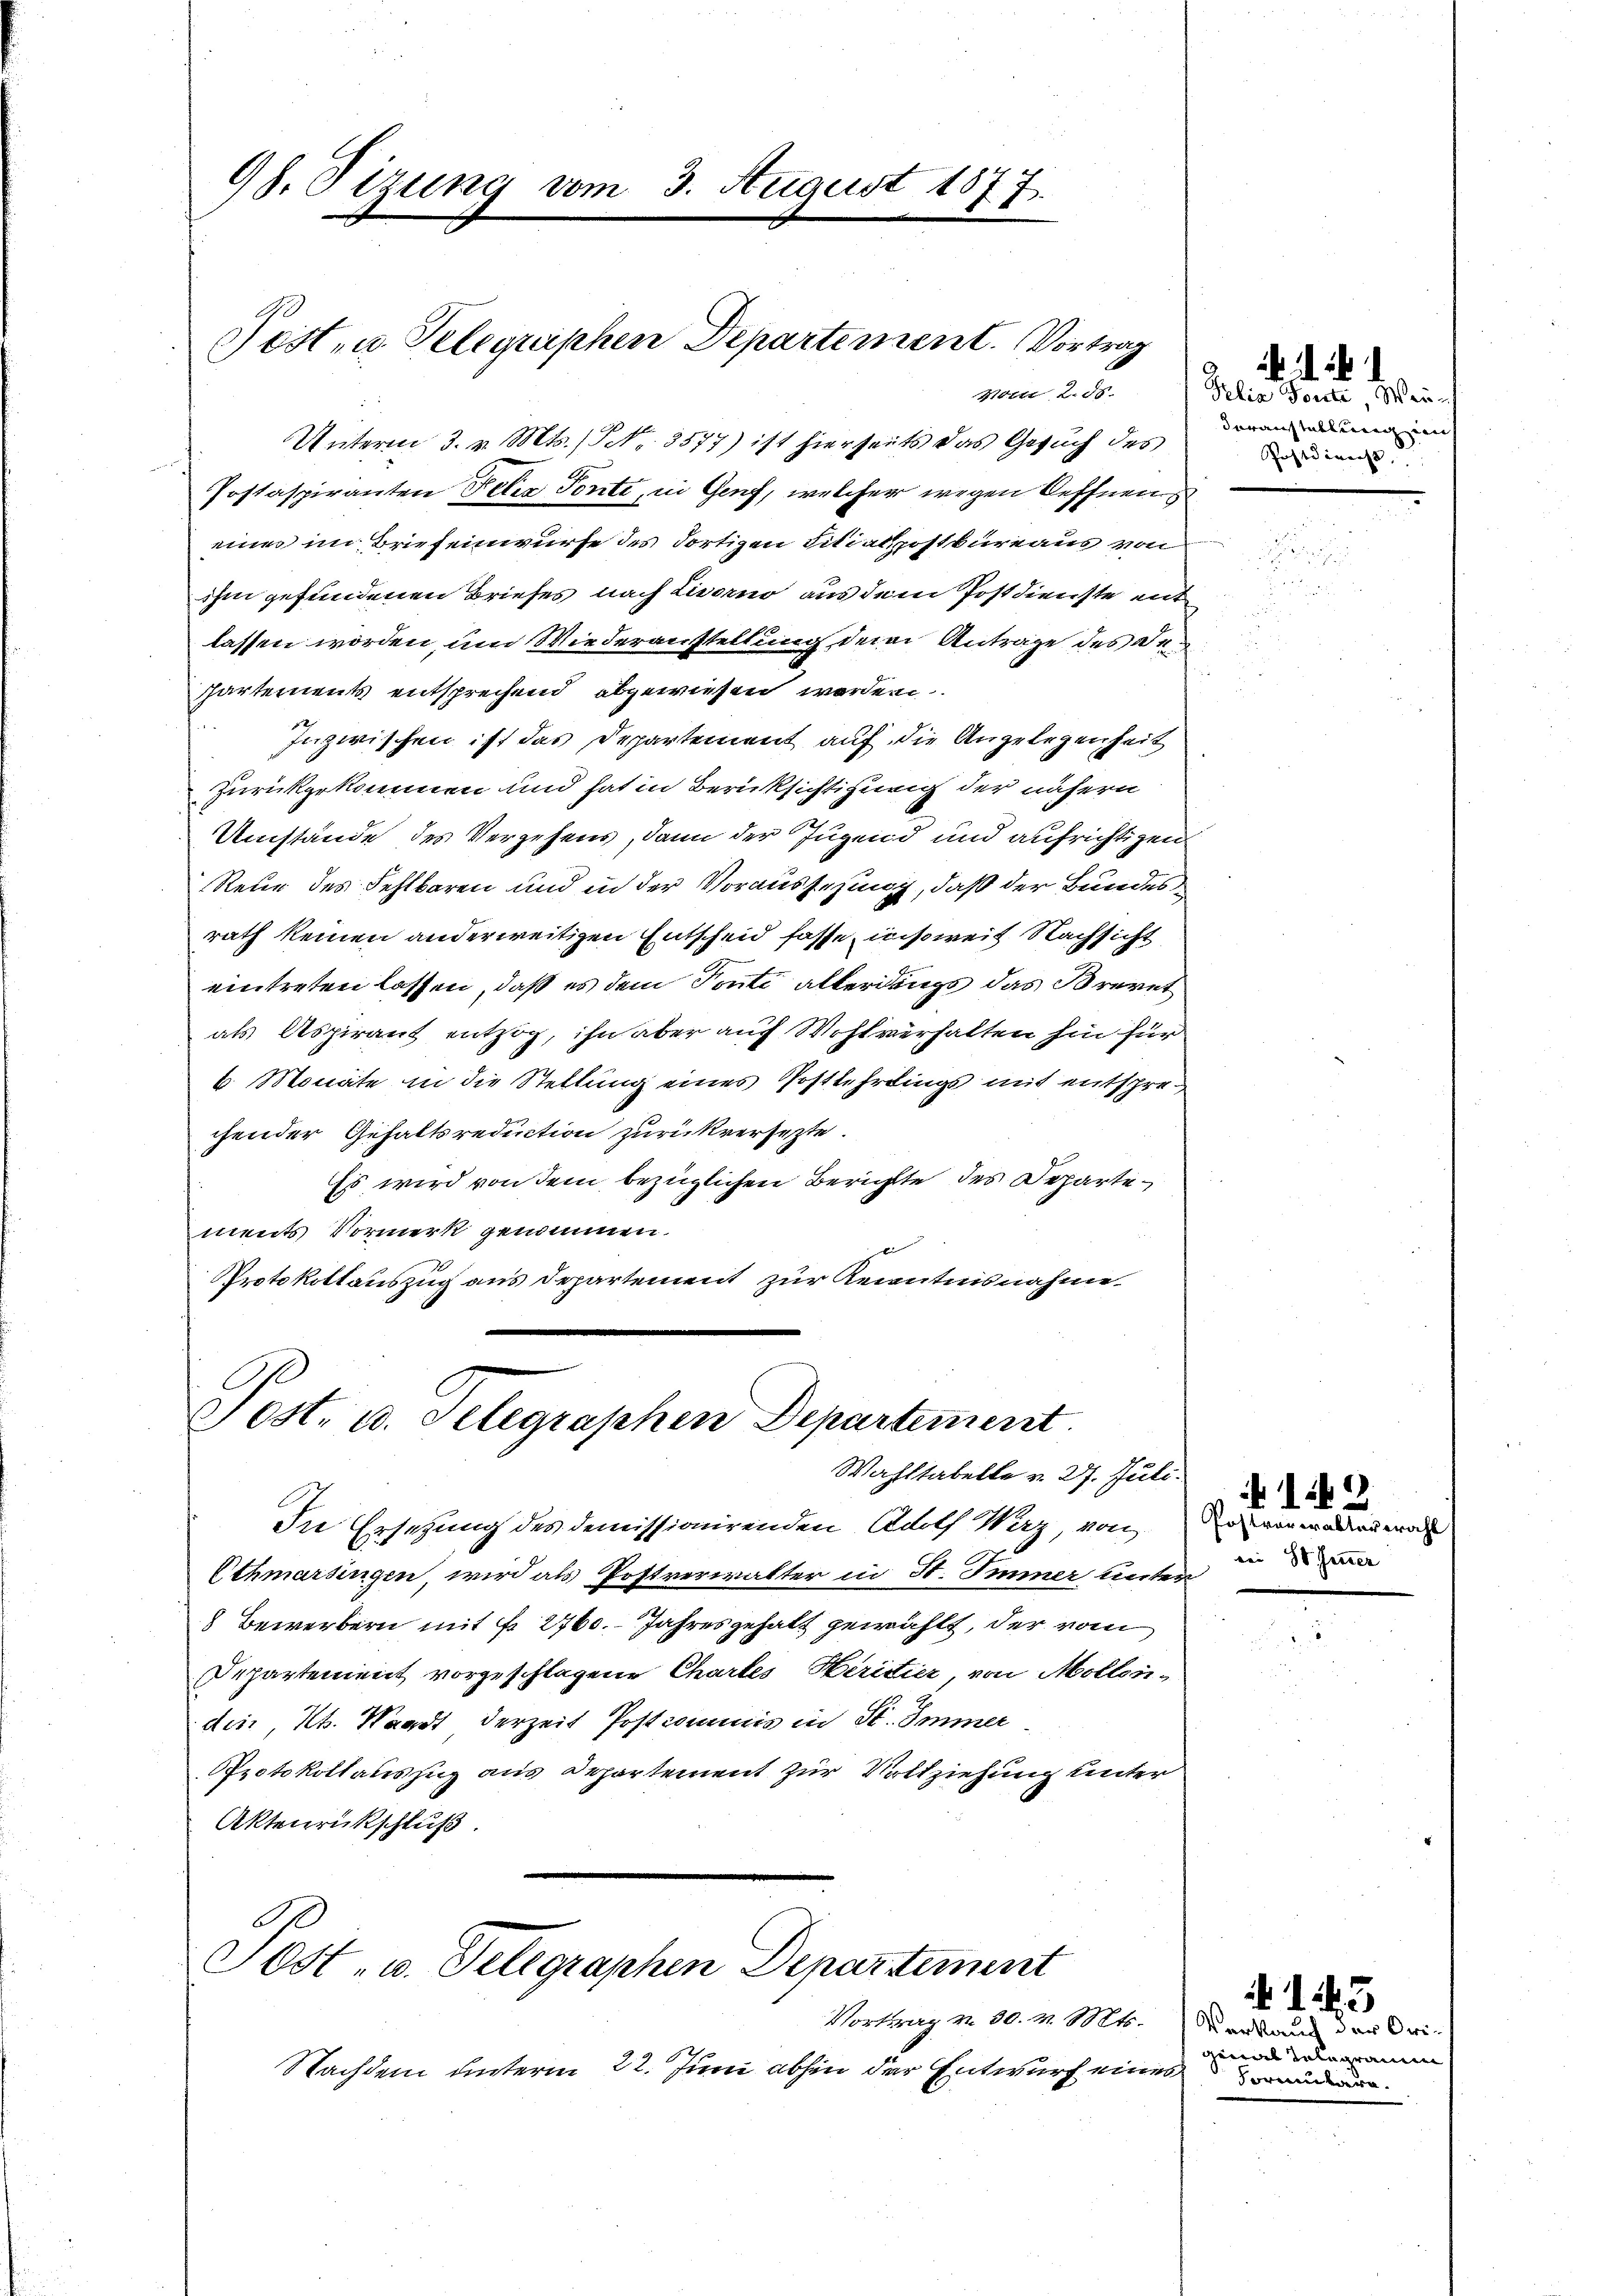
98. Sizung vom 3. August 1877.

Post- u. Telequiphen Departement. Vortrag
Notte 2. ds.

Post- u. Telegraphen Departement
Wahltabelle v. 27. Juli.

In Ersetzung des demissionirenden Adolf Waz von
Othmarsingen, wird als Postverwalter in St. Immer lieben
8 Bewerbern mit fr. 2460. Jahres gehalt gewählt, der vom
Departement vorgeschlagene Chartes Hiritier, von Mollendin, Kt. Waadt derzeit Postcommis in St. Immer
Protokollauszug aus Departement zur Vollziehung unter
Aktenrückschluß.
.
S
Sost- u. Telegraphen Departement
Vortrag v. 30. v. Mts.
Nachdem unterm 22. Juni abhin der Entwurf eines

Unterm 3. v. Mts. / NNo. 3577) ist hierseits das Gesuch des
Postaspiranten Felix Ponte, in Genf, welcher wegen Oeffnen
eines im Briefeinwurfe des dortigen Litiatpostbureaus von
ihm gefundenen Briefes nach Livorno aus dem Postdienste entlassen worden, um Wiederaustellung dem Antrage des de¬
Partements entsprechend abgewiesen werden.
Inzwischen ist das Departement auf die Angelegenheit
zurückgekommen und hat in Berücksichtigung der nähern
Umstände des Vergehens, dann der Jugend und aufrichtigen
Reue des Fehlbaren und in der Voraussesung, daß der Bundes
rath keinen anderweitigen Entscheid fasse, insoweit Nachsicht
eintreten lassen, daß es dem Ponti allerdings das Brevet
als Aspirant entzog, ihn aber auf Wohlverhalten hin für
6. Monate in die Stellung eines Postlehrlings mit entsprechender Gehaltsredition zurückversetzte.
Es wird von dem bezüglichen Berichte des Behartements Vormerk genommen.
Protokollauszug aus Departement zur Kenntnisnahme.

u

Pelia, Torte Wenn
Veranstallung auf
Postdirens,

149
Postrarerabter wahl

143

Verkauch der Origewalt Telegram
Formulara.